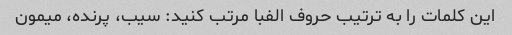
این کلمات را به ترتیب حروف الفبا مرتب کنید: سیب، پرنده، میمون